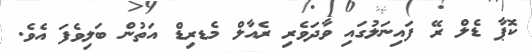
ކޮޕާ ޑެލް ރޭ ފައިނަލުގައި ވާދަވެރި ރެއާލް މެޑރިޑް އަތުން ބަލިވެފަ އެވެ.